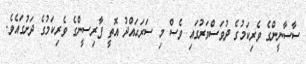
ސާސާނީންގެ ވެރިކަމުގެ ދުވަސްވަރުގައި ވެސް މި ސަރަޙައްދު އޮތީ ފާރިސީންގެ ވެރިކަމުގެ ދަށުގައެވެ.